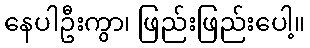
နေပါဦးကွာ၊ ဖြည်းဖြည်းပေါ့။